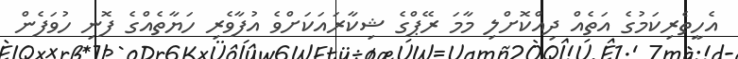
އެހީތެރިކަމުގެ އަތެއް ދިއްކޮށްލި މާމަ ރޭޕްގެ ޝިކާރައަކަށްވެ އުފާވެރި ހަޔާތެއްގެ ފޮނި ހުވަފެން